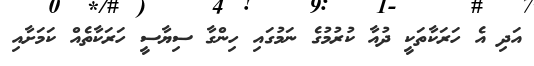
އަދި އެ ހަރަކާތަކީ ދުއާ ކުރުމުގެ ނަމުގައި ހިންގާ ސިޔާސީ ހަރަކާތެއް ކަމަށާއި